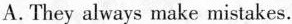
A. They always make mistakes.